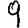
Digit: 9